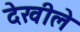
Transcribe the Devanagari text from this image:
देखीले